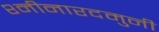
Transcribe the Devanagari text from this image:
श्नीनारदमुनी